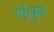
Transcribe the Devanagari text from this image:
गई।कुछ